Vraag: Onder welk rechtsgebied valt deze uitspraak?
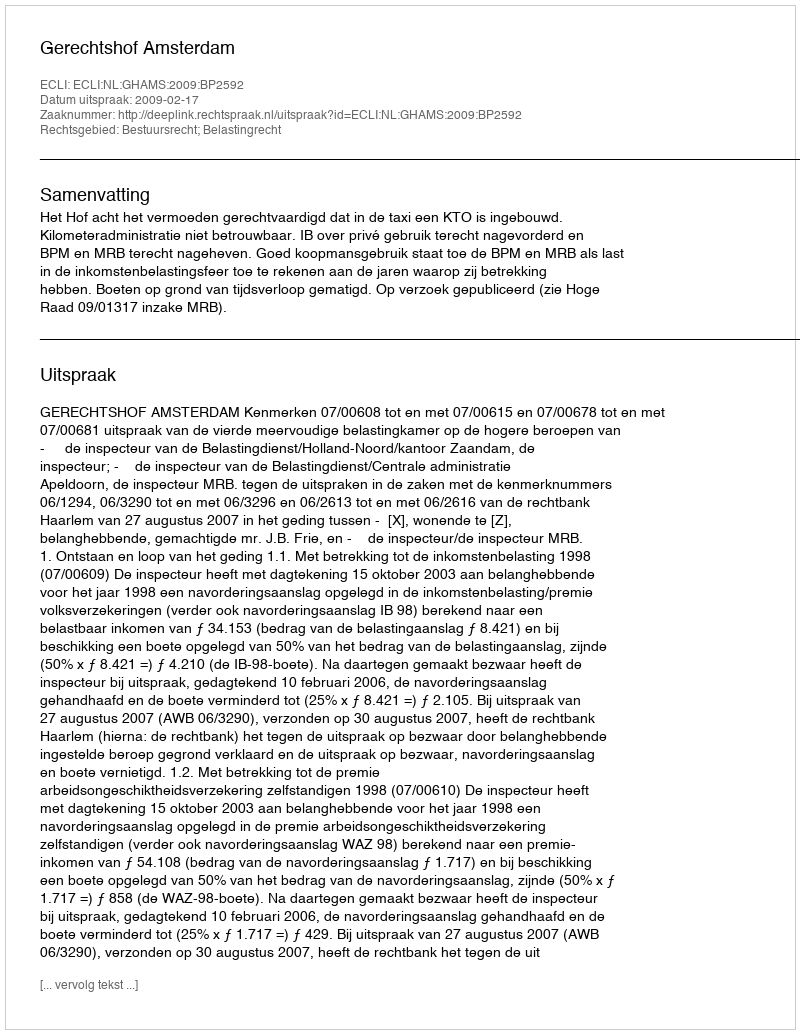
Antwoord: Bestuursrecht; Belastingrecht